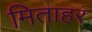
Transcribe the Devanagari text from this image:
मिताहर